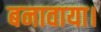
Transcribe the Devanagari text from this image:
बनावाया।